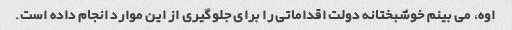
اوه، می بینم خوشبختانه دولت اقداماتی را برای جلوگیری از این موارد انجام داده است.